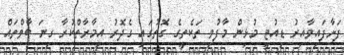
ފަށާފައިވާއިރު ޑިއުޓީ މުޅިން މާފުވި ތަކެތީގެ ގޮތުގައި ގެދޮރު އިމާރާތްކުރާ ގިނަ ބާވްތައް